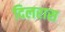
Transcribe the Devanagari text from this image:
दिलरास